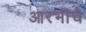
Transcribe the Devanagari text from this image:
आरभींचे